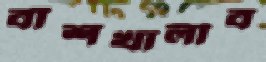
বাঁশখালীব